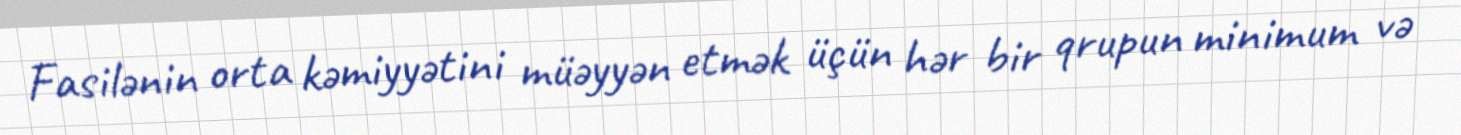
Fasilənin orta kəmiyyətini müəyyən etmək üçün hər bir qrupun minimum və